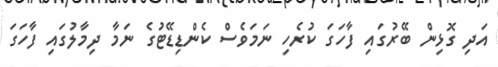
އަދި ގޮޅިން ބޭރުގައި ފާހަގަ ކުރެހި ނަމަވެސް ކެންޑިޑޭޓުގެ ނަމާ ދިމާލުގައި ފާހަގަ